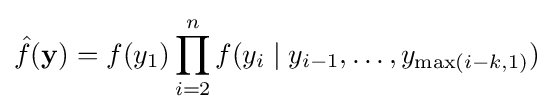
{\hat {f}}(\mathbf {y} )=f(y_{1})\prod _{i=2}^{n}f(y_{i}\mid y_{i-1},\dots ,y_{\max(i-k,1)})